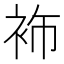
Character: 𮕶